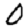
Digit: 0